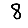
Digit: 8